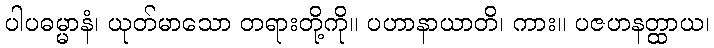
ပါပဓမ္မာနံ၊ ယုတ်မာသော တရားတို့ကို။ ပဟာနာယာတိ၊ ကား။ ပဇဟနတ္ထာယ၊